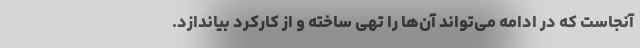
آنجاست که در ادامه می‌تواند آن‌ها را تهی ساخته‌ و از کارکرد بیاندازد.